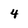
Character: 4